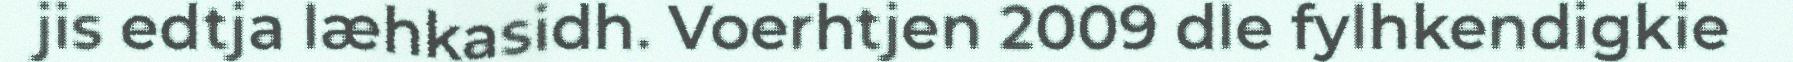
jis edtja læhkasidh. Voerhtjen 2009 dle fylhkendigkie